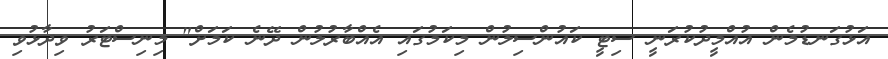
އަޅުގަނޑުމެން އުއްމީދުކުރަނީ ސިޓީ ކައުންސިލުން މިކަމުގައި އެއްބާރުލުން ދޭނެ ކަމަށް" މިނިސްޓަރު ވިދާޅުވި